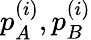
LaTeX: p_{A}^{(i)},p_{B}^{(i)}